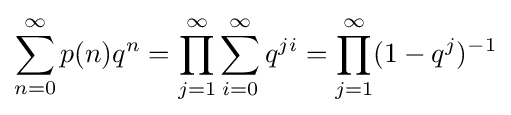
\sum _{n=0}^{\infty }p(n)q^{n}=\prod _{j=1}^{\infty }\sum _{i=0}^{\infty }q^{ji}=\prod _{j=1}^{\infty }(1-q^{j})^{-1}